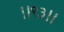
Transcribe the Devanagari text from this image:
।।९३।।